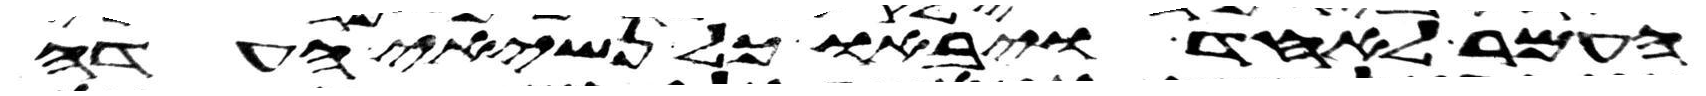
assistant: העמר לאחד ויבאו כל נשיאי העדה